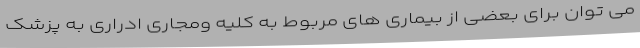
می توان برای بعضی از بیماری های مربوط به کلیه ومجاری ادراری به پزشک